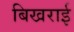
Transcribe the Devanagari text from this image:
बिखराई